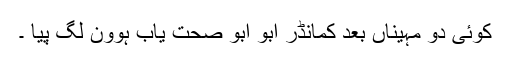
کوئی دو مہیناں بعد کمانڈر ابو ابو صحت یاب ہوون لگ پیا ۔